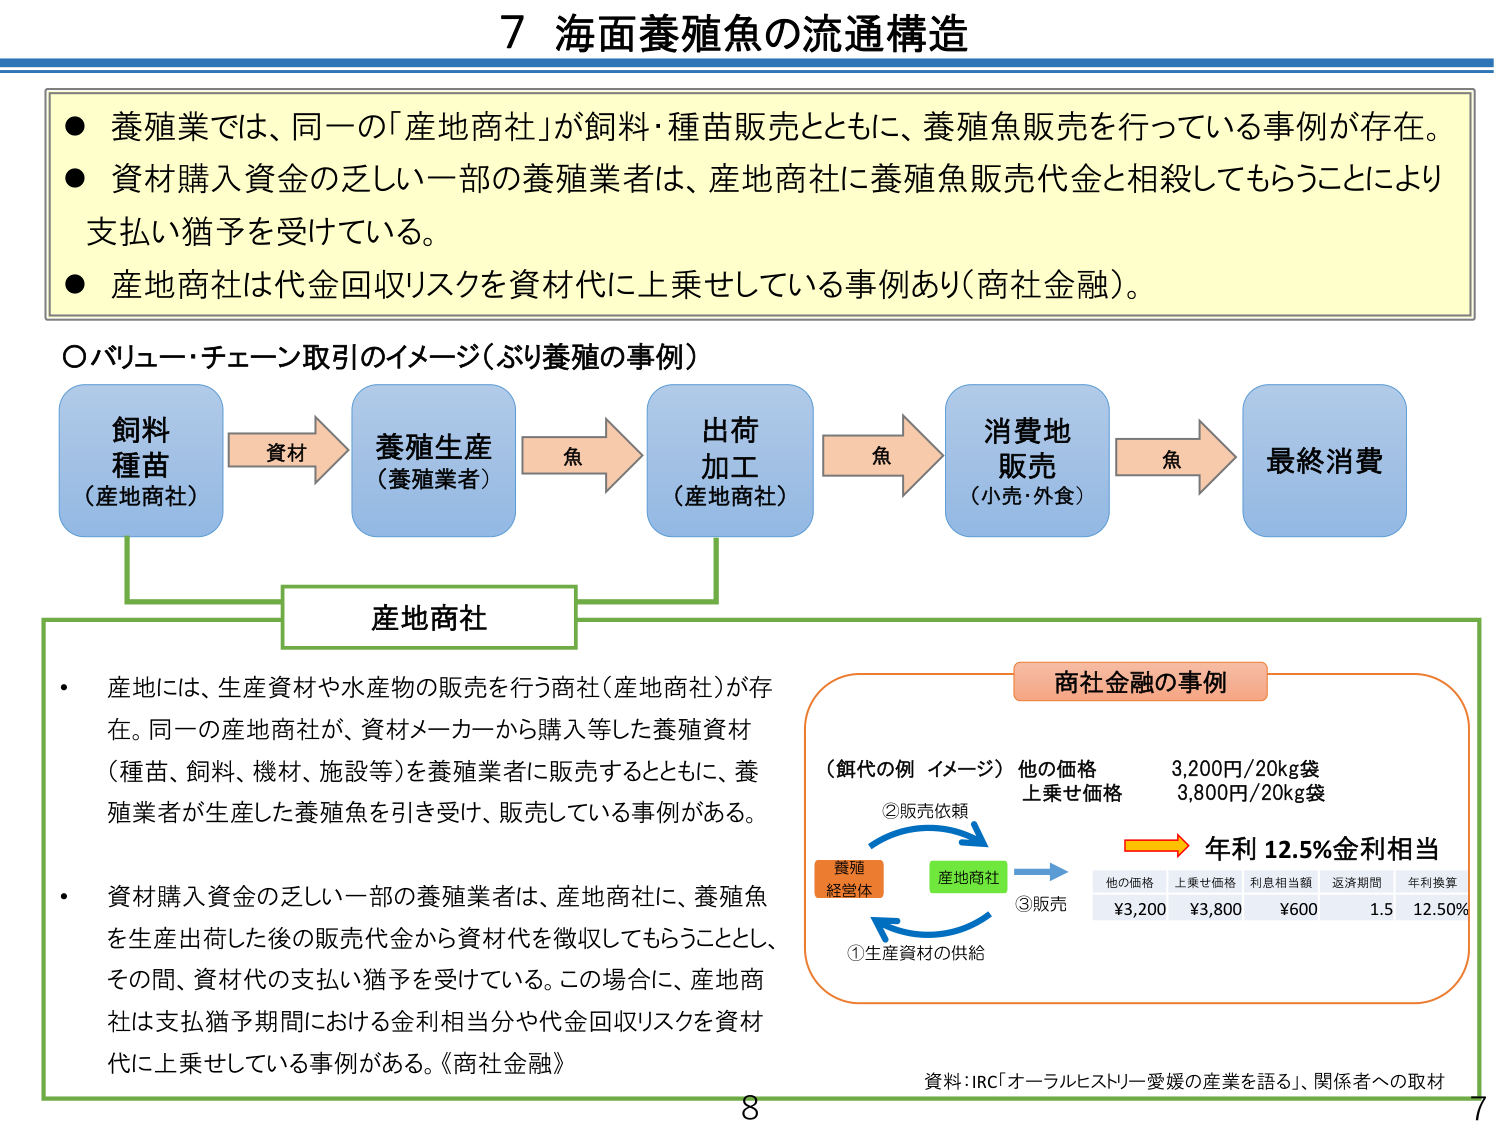
7 海面養殖魚の流通構造

● 養殖業では、同一の「産地商社」が飼料・種苗販売とともに、養殖魚販売を行っている事例が存在。
● 資材購入資金の乏しい一部の養殖業者は、産地商社に養殖魚販売代金と相殺してもらうことにより支払い猶予を受けている。
● 産地商社は代金回収リスクを資材代に上乗せしている事例あり（商社金融）。

○バリュー・チェーン取引のイメージ（ぶり養殖の事例）

飼料
種苗
（産地商社） → 資材 → 養殖生産
（養殖業者） → 魚 → 出荷
加工
（産地商社） → 魚 → 消費地
販売
（小売・外食） → 魚 → 最終消費

産地商社

・ 産地には、生産資材や水産物の販売を行う商社（産地商社）が存在。同一の産地商社が、資材メーカーから購入等した養殖資材（種苗、飼料、機材、施設等）を養殖業者に販売するとともに、養殖業者が生産した養殖魚を引き受け、販売している事例がある。
・ 資材購入資金の乏しい一部の養殖業者は、産地商社に、養殖魚を生産出荷した後の販売代金から資材代を徴収してもらうこととし、その間、資材代の支払い猶予を受けている。この場合に、産地商社は支払猶予期間における金利相当分や代金回収リスクを資材代に上乗せしている事例がある。《商社金融》

商社金融の事例

（飼代の例 イメージ） 他の価格 3,200円/20kg袋
上乗せ価格 3,800円/20kg袋

②販売依頼
①生産資材の供給
③販売

養殖
経営体 → 産地商社

年利 12.5%金利相当

他の価格 上乗せ価格 利息相当額 返済期間 年利換算
¥3,200 ¥3,800 ¥600 1.5 12.50%

資料：IRC「オーラルヒストリー 愛媛の産業を語る」、関係者への取材

8
7